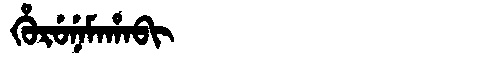
Manchu: ᡥᡠᡵᡠᠨᡝᠮᠠᡥᠠᠪᡳ
Romanization: HURUNEMAHABI